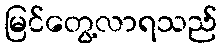
မြင်တွေ့လာရသည်